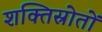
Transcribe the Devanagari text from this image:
शक्तिस्रोतों